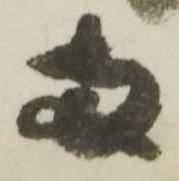
両